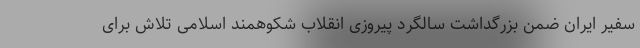
سفیر ایران ضمن بزرگداشت سالگرد پیروزی انقلاب شکوهمند اسلامی تلاش برای